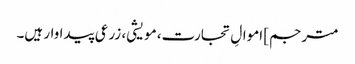
مترجم] اموالِ تجارت، مویشی، زرعی پیداوار ہیں۔